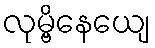
လုမ္ဗိနေယျေ